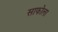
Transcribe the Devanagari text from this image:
साफोला